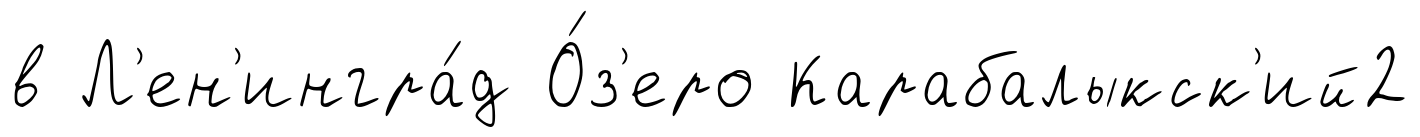
в Л'ен'ингра́д О́з'еро Карабалыкск'ий2